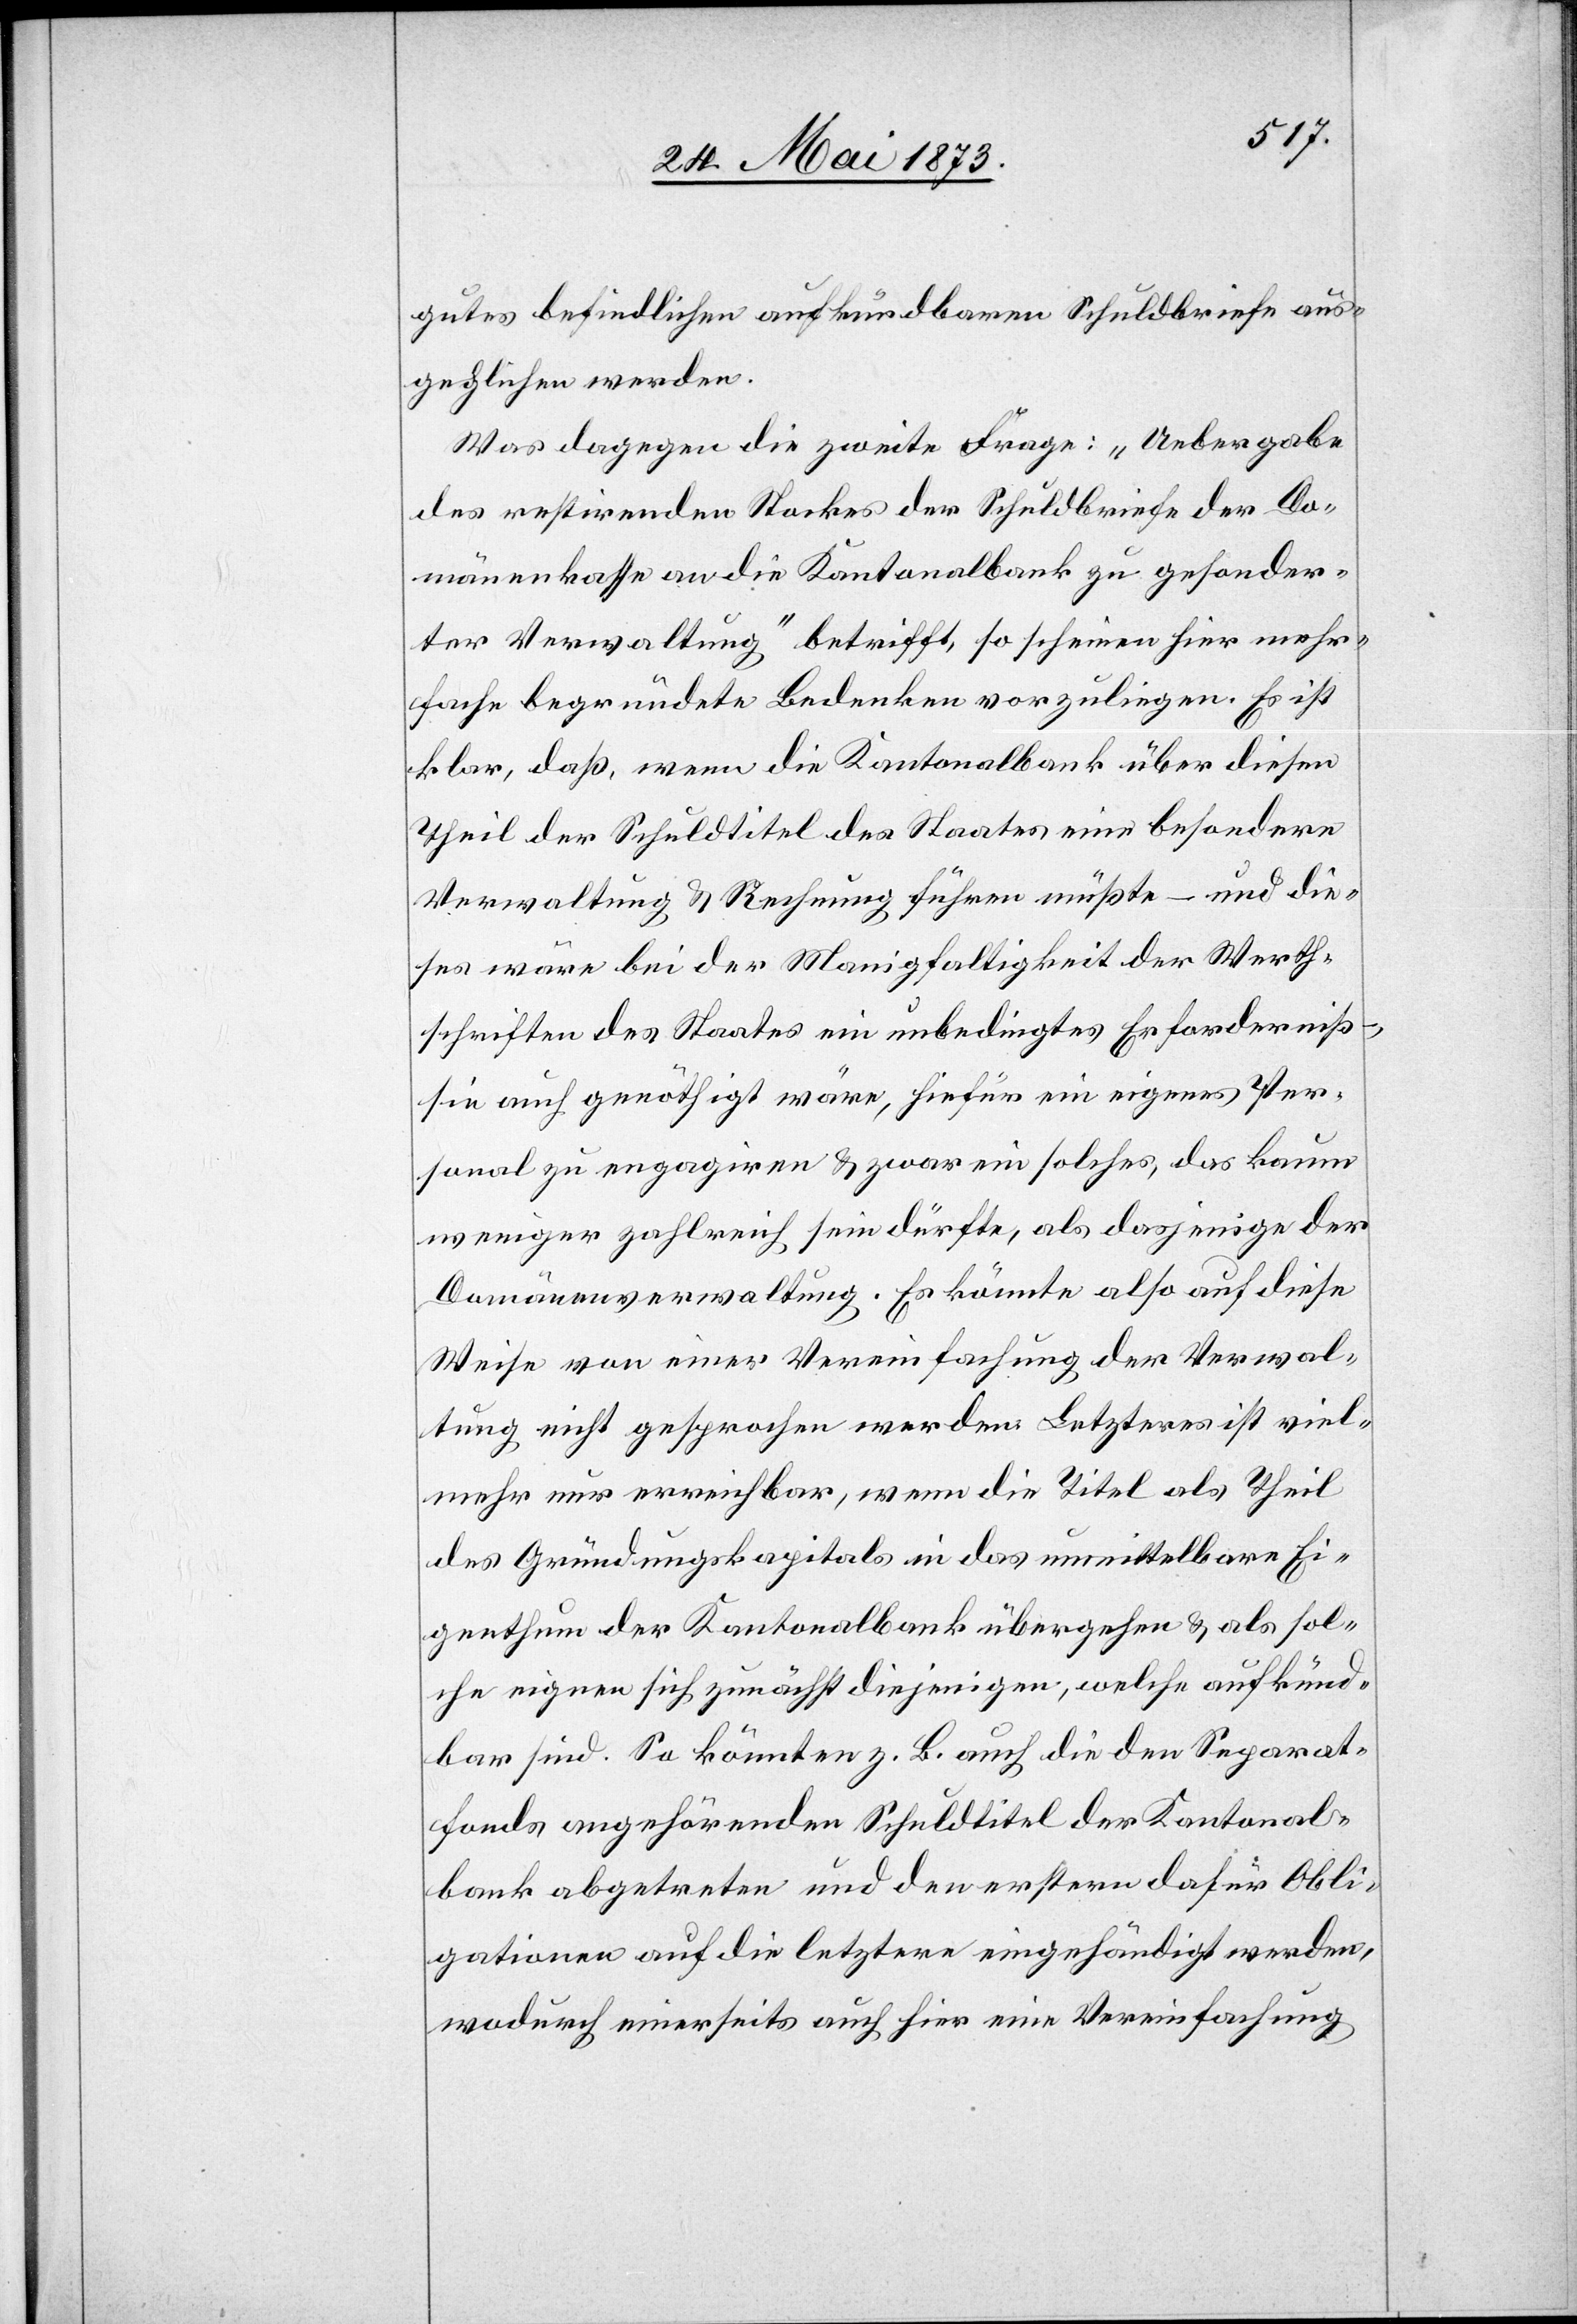
gutes befindlichen aufkündbaren Schuldbriefe aus¬
geglichen werden.
Was dagegen die zweite Frage: „Uebergabe
des restirenden Stockes der Schuldbriefe der Do¬
mänenkasse an die Kantonalbank zu gesonder¬
ter Verwaltung“ betrifft, so scheinen hier mehr¬
fache begründete Bedenken vorzuliegen. Es ist
klar, daß, wenn die Kantonalbank über diesen
Theil der Schuldtitel des Staates eine besondere
Verwaltung & Rechnung führen müßte – und die¬
ses wäre bei der Manigfaltigkeit der Werth¬
schriften des Staates ein unbedingtes Erforderniß
sie auch genöthigt wäre, hiefür ein eigenes Per¬
sonal zu engagiren & zwar ein solches, das kaum
weniger zahlreich sein dürfte, als dasjenige der
Domänenverwaltung. Es könnte also auf diese
Weise von einer Vereinfachung der Verwal¬
tung nicht gesprochen werden. Letzteres ist viel¬
mehr nur erreichbar, wenn die Titel als Theil
des Gründungskapitals in das unmittelbare Ei¬
genthum der Kantonalbank übergehen & als sol¬
che eignen sich zunächst diejenigen, welche aufkünd¬
bar sind. So könnten z. B. auch die den Separat¬
fonds angehörenden Schuldtitel der Kantonal¬
bank abgetreten und den erstern dafür Obli¬
gationen auf die letztere eingehändigt werden,
wodurch einerseits auch hier eine Vereinfachung